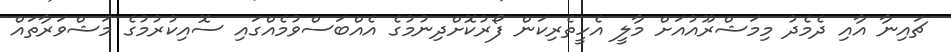
ޗައިނާ އާއި ދެމެދު މިމަޝްރޫއުއަށް މާލީ އެހީތެރިކަން ފޯރުކޮށްދިނުމުގެ އެއްބަސްވުމެއްގައި ސޮއިކުރުމުގެ މަޝްވަރާތައް